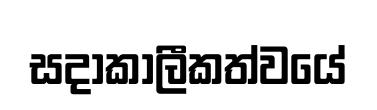
සදාකාලීකත්වයේ